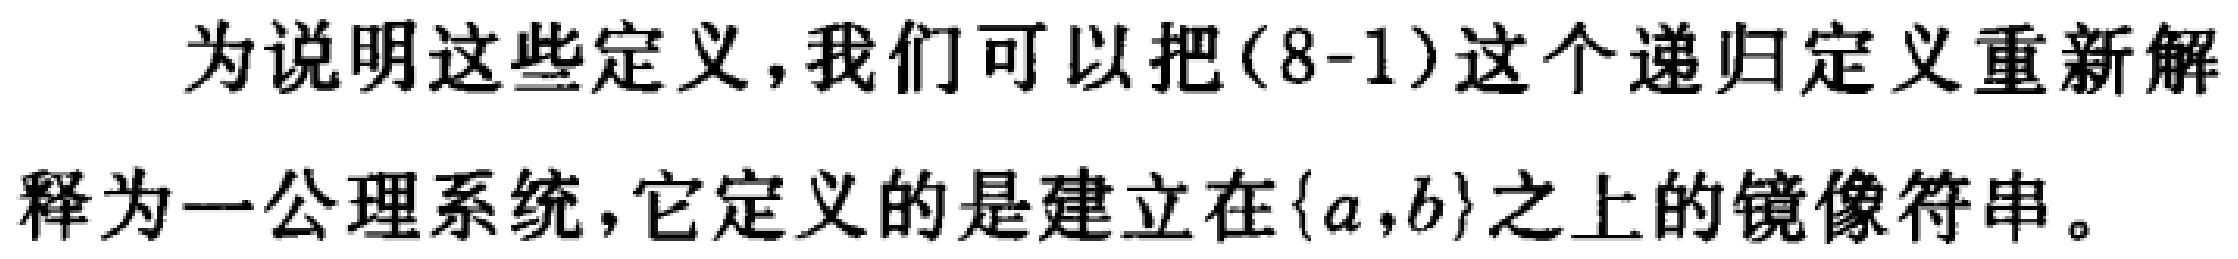
为说明这些定义，我们可以把(8-1)这个递归定义重新解释为一公理系统，它定义的是建立在\(\{a,b\}\)之上的镜像符串。